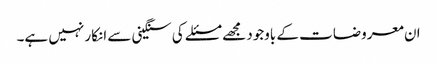
ان معروضات کے باوجود مجھے مسئلے کی سنگینی سے انکار نہیں ہے۔